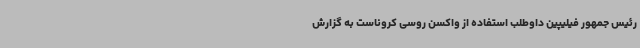
رئیس جمهور فیلیپین داوطلب استفاده از واکسن روسی کروناست به گزارش